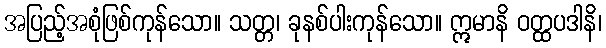
အပြည့်အစုံဖြစ်ကုန်သော။ သတ္တ၊ ခုနစ်ပါးကုန်သော။ ဣမာနိ ဝတ္ထပဒါနိ၊